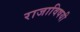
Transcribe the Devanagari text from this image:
राजाविषयी